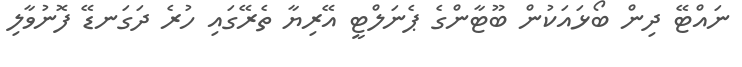
ނައްޓޭ ދިން ބޯޅައަކުން ބޫޓާންގެ ޕެނަލްޓީ އޭރިޔާ ތެރޭގައި ހުރެ ދަގަނޑޭ ފޮނުވާލި